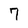
Character: 7